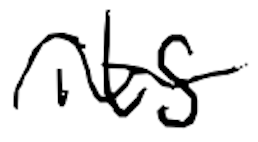
Text: its
Cross-out: wave
Writing tool: digital_black